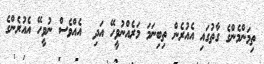
ތިމަންމެންގެ ގާތުގައި އެއުރެން ތިބިނަމަ މަރެއްނުވީހޭ އަދި  އެއްވެސް ނުވީހޭ އެއުރެންގެ